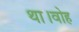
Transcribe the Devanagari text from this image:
था।वोह